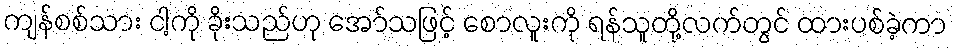
ကျန်စစ်သား ငါ့ကို ခိုးသည်ဟု အော်သဖြင့် စောလူးကို ရန်သူတို့လက်တွင် ထားပစ်ခဲ့ကာ